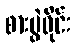
စားပွဲဝိုင်း